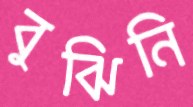
বুঝিনি